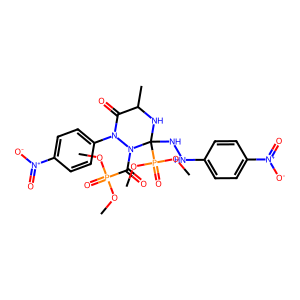
SMILES: COP(=O)(OC)C(=O)N1N(c2ccc([N+](=O)[O-])cc2)C(=O)C(C)NC1(NNc1ccc([N+](=O)[O-])cc1)P(=O)(OC)OC
Inhibits HIV replication: No